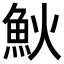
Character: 𩵰